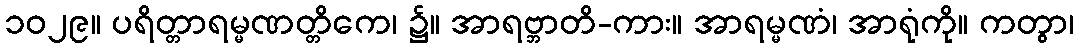
၁၀၂၉။ ပရိတ္တာရမ္မဏတ္တိကေ၊ ၌။ အာရဗ္ဘာတိ-ကား။ အာရမ္မဏံ၊ အာရုံကို။ ကတွာ၊